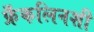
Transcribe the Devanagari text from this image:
फ्रँकलिनशी